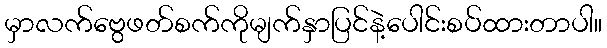
မှာလက်ဗွေဖတ်စက်ကိုမျက်နှာပြင်နဲ့ပေါင်းစပ်ထားတာပါ။